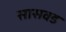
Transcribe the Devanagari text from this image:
सासवड